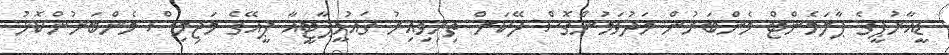
ޑީއާރުޕީގެ ޕާލަމެންޓް މެންބަރުން މަދުވަމުންގޮސް ދޭކަށް ތިރިވިއިރު ޤައުމީޕާޓީއާ ޕީއޭގެ މަޖިލިސް މެންބަރުންކޮޅު